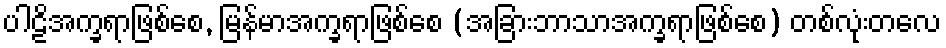
ပါဠိအက္ခရာဖြစ်စေ, မြန်မာအက္ခရာဖြစ်စေ (အခြားဘာသာအက္ခရာဖြစ်စေ) တစ်လုံးတလေ